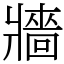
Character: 牆